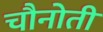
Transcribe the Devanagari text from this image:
चौनोती